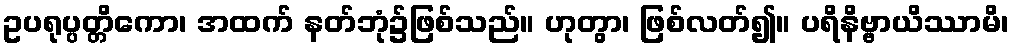
ဥပရုပ္ပတ္တိကော၊ အထက် နတ်ဘုံ၌ဖြစ်သည်။ ဟုတွာ၊ ဖြစ်လတ်၍။ ပရိနိဗ္ဗာယိဿာမိ၊